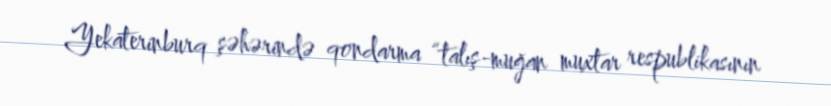
Yekaterinburq şəhərində qondarma “talış-muğan muxtar respublikasının